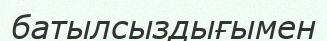
батылсыздығымен